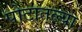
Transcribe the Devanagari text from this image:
पोटातल्या